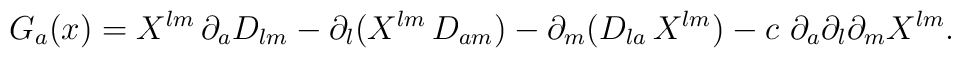
{G}_a(x) = X^{l m}\, \partial_a D_{l m} -\partial_l(X^{l m}\, D_{a m}) -\partial_m (D_{l a}\, X^{l m}) - c~ \partial_a \partial_l \partial_m X^{l m}.